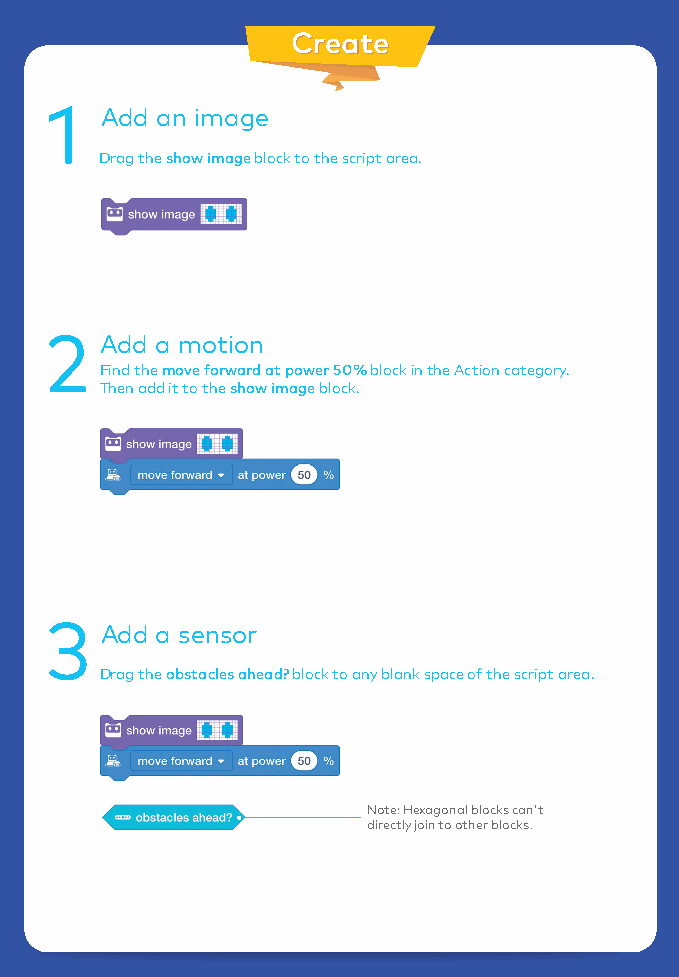
CCrreeaattee
 1   Add an image
 Drag the show image block to the script area.
 2   Add a motion
 Find the move forward at power 50% block in the Action category.
 Then add it to the show image block.
 3   Add a sensor
 Drag the obstacles ahead? block to any blank space of the script area.
 Note: Hexagonal blocks can't
 directly join to other blocks.